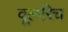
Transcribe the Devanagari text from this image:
वूलरिच